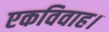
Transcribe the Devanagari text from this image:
एकविवाह।